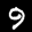
Label: 9